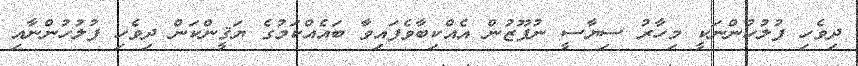
ދިވެހި ފުލުހުންނަކީ މިހާރު ސިޔާސީ ނުފޫޒުން އެއްކިބާވެފައިވާ ބައެއްކަމުގެ ޔަޤީންކަން ދިވެހި ފުލުހުންނާއި